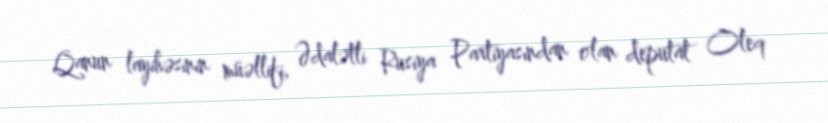
Qanun layihəsinin müəllifi, Ədalətli Rusiya Partiyasından olan deputat Oleq